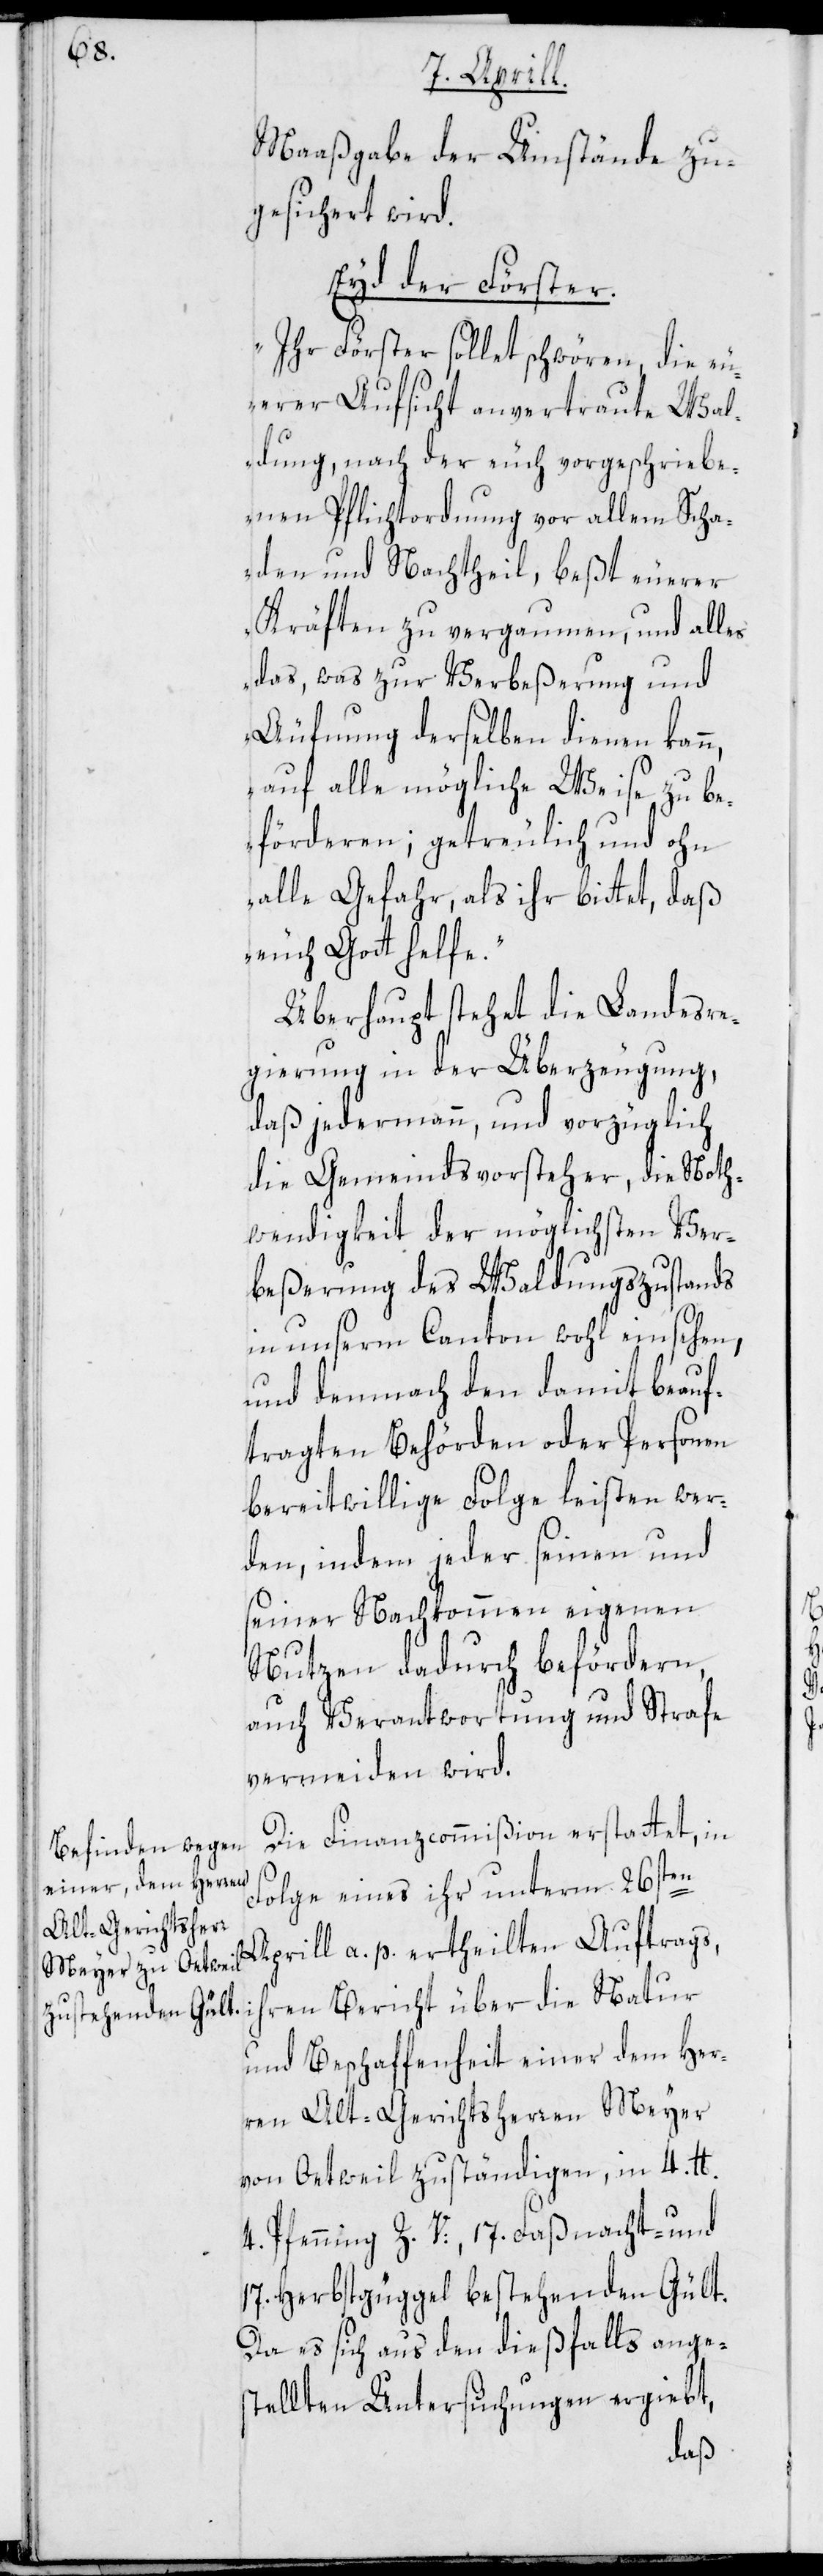
Maaßgabe der Umstände zu¬
gesichert wird.
Eyd der Förster.
„Ihr Förster sollet schwören, die eu¬
erer Aufsicht anvertraute Wal¬
dung, nach der euch vorgeschriebe¬
nen Pflichtordnung vor allem Scha¬
den und Nachtheil, beßt euerer
Kräften zu vergaumen, und alles
das, was zur Verbeßerung und
Äufnung derselben dienen kann,
auf alle mögliche Weise zu be¬
förderen; getreulich und ohn
alle Gefahr, als ihr bittet, daß
euch Gott helfe.“
Überhaupt stehet die Landesre¬
gierung in der Überzeugung,
daß jedermann, und vorzüglich
die Gemeindsvorsteher, die Noth¬
wendigkeit der möglichsten Ver¬
beßerung des Waldungszustands
in unserm Canton wohl einsehen,
und demnach den damit beauf¬
tragten Behörden oder Personen
bereitwillige Folge leisten wer¬
den, indem jeder seinen und
seiner Nachkommen eigenen
Nutzen dadurch befördern,
auch Verantwortung und Strafe
vermeiden wird.
Die Finanzcommißion erstattet, in
Folge eines ihr unterm 26sten
Aprill a. p. ertheilten Auftrags,
ihren Bericht über die Natur
und Beschaffenheit einer dem Her¬
ren Alt-Gerichtsherren Meyer
von Oetwil zuständigen, in 4. tt.
4 Pfenning Z. V:, 17. Faßnacht- und
17. Herbstgüggel bestehenden Gült.
Da es sich aus den dießfalls ange¬
stellten Untersuchungen ergiebt,